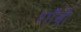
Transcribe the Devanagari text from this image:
शाँब्री